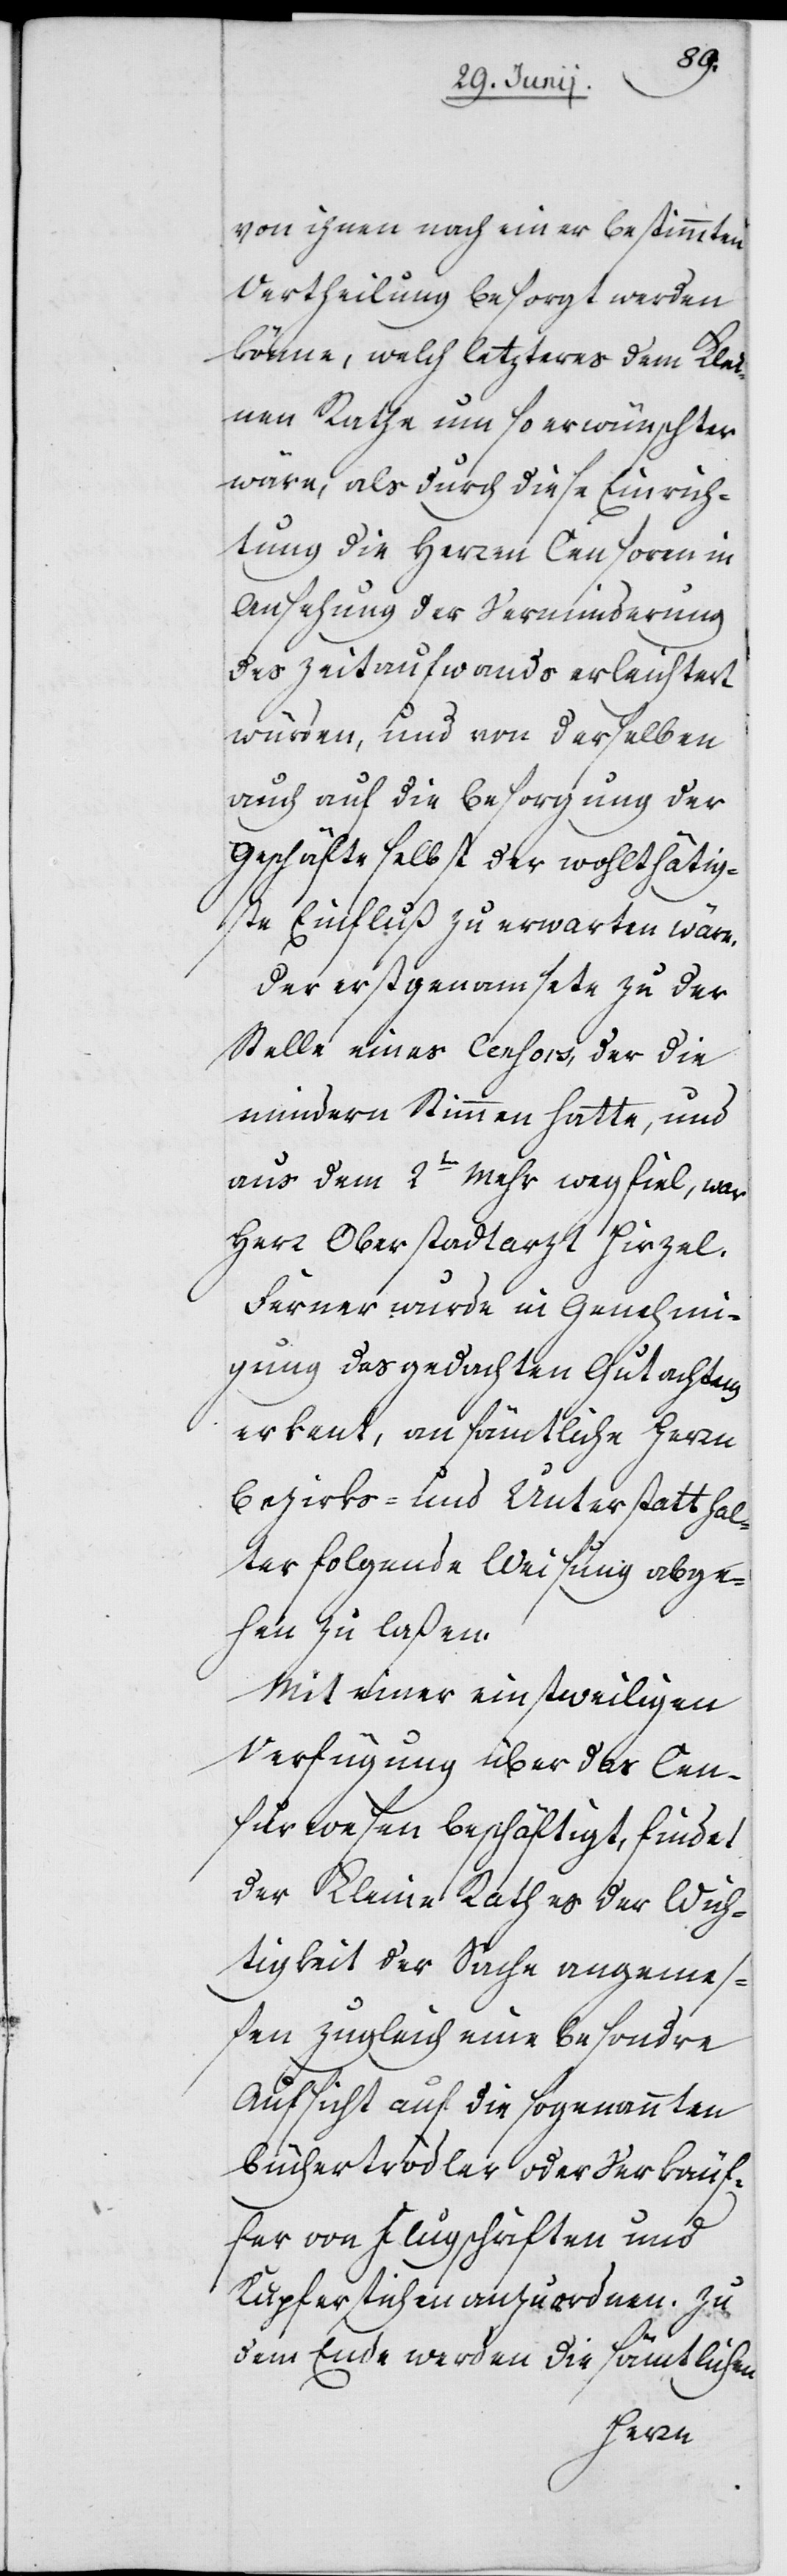
von ihnen nach einer bestimmten
Vertheilung besorgt werden
könne, welch letzteres dem Klei¬
nen Rathe um so erwünschter
wäre, als durch diese Einrich¬
tung die Herren Censoren in
Ansehung der Verminderung
des Zeitaufwands erleichtert
würden, und von derselben
auch auf die Besorgung der
Geschäfte selbst der wohlthätig¬
ste Einfluß zu erwarten wäre.
Der erstgenamsete zu der
Stelle eines Censors, der die
mindern Stimmen hatte, und
aus dem 2ten Mehr wegfiel, war
Herr Oberstadtarzt Hirzel.
Ferner wurde in Genehmi¬
gung des gedachten Gutachtens
erkent, an sämtliche Herrn
Bezirks- und Unterstatthal¬
ter folgende Weisung abge¬
hen zu laßen.
Mit einer einstweiligen
Verfügung über das Cen¬
surwesen beschäftigt, findet
der Kleine Rath es der Wich¬
tigkeit der Sache angemeß¬
en zugleich eine besondre
Aufsicht auf die sogenannten
Büchertrödler oder Verkäuf¬
fer von Flugschriften und
Kupferstichen anzuordnen. Zu
dem Ende werden die sämtlichen